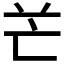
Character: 𠅇